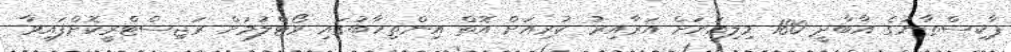
ޕާކިސްތާނުގެ އާބާދީ 180 މިލިއަނަށް އަރާއިރު ކުރިއަށް އޮތް އިންތިހާބުގައި ވޯޓްލުމަށް ރަޖިސްޓްރީކޮށްފައިވާ